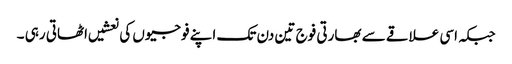
جبکہ اسی علاقے سے بھارتی فوج تین دن تک اپنے فوجیوں کی نعشیں اٹھاتی رہی ۔